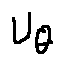
u _ { \theta }